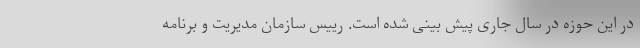
در این حوزه در سال جاری پیش بینی شده است. رییس سازمان مدیریت و برنامه